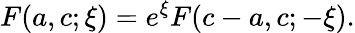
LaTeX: F(a,c;\xi)=e^{\xi}F(c-a,c;-\xi).